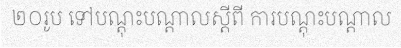
២០រូប ទៅបណ្តុះបណ្តាលស្តីពី ការបណ្តុះបណ្តាល